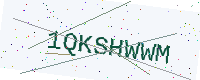
Text: 1QKSHWWM